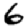
Digit: 6